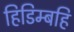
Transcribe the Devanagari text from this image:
हिडिम्बहि